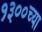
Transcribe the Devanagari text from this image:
१३००च्या